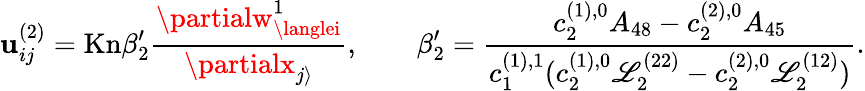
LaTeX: \mathbf{u}_{ij}^{(2)}=\mathrm{{Kn}}\beta_{2}^{\prime}\frac{{\partialw_{\langlei}^{1}}}{{\partialx_{j\rangle}}},\qquad\beta_{2}^{\prime}=\frac{{c_{2}^{(1),0}A_{48}-c_{2}^{(2),0}A_{45}}}{{c_{1}^{(1),1}(c_{2}^{(1),0}\mathscr{{L}}_{2}^{(22)}-c_{2}^{(2),0}\mathscr{{L}}_{2}^{(12)})}}.